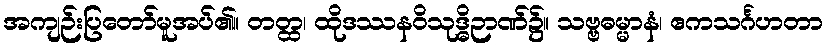
အကျဉ်းပြတော်မူအပ်၏။ တတ္ထ၊ ထိုဒဿနဝိသုဒ္ဓိဉာဏ်၌။ သဗ္ဗဓမ္မာနံ၊ ဧကသင်္ဂဟတာ